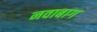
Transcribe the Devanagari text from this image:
नवाबाग